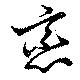
戀